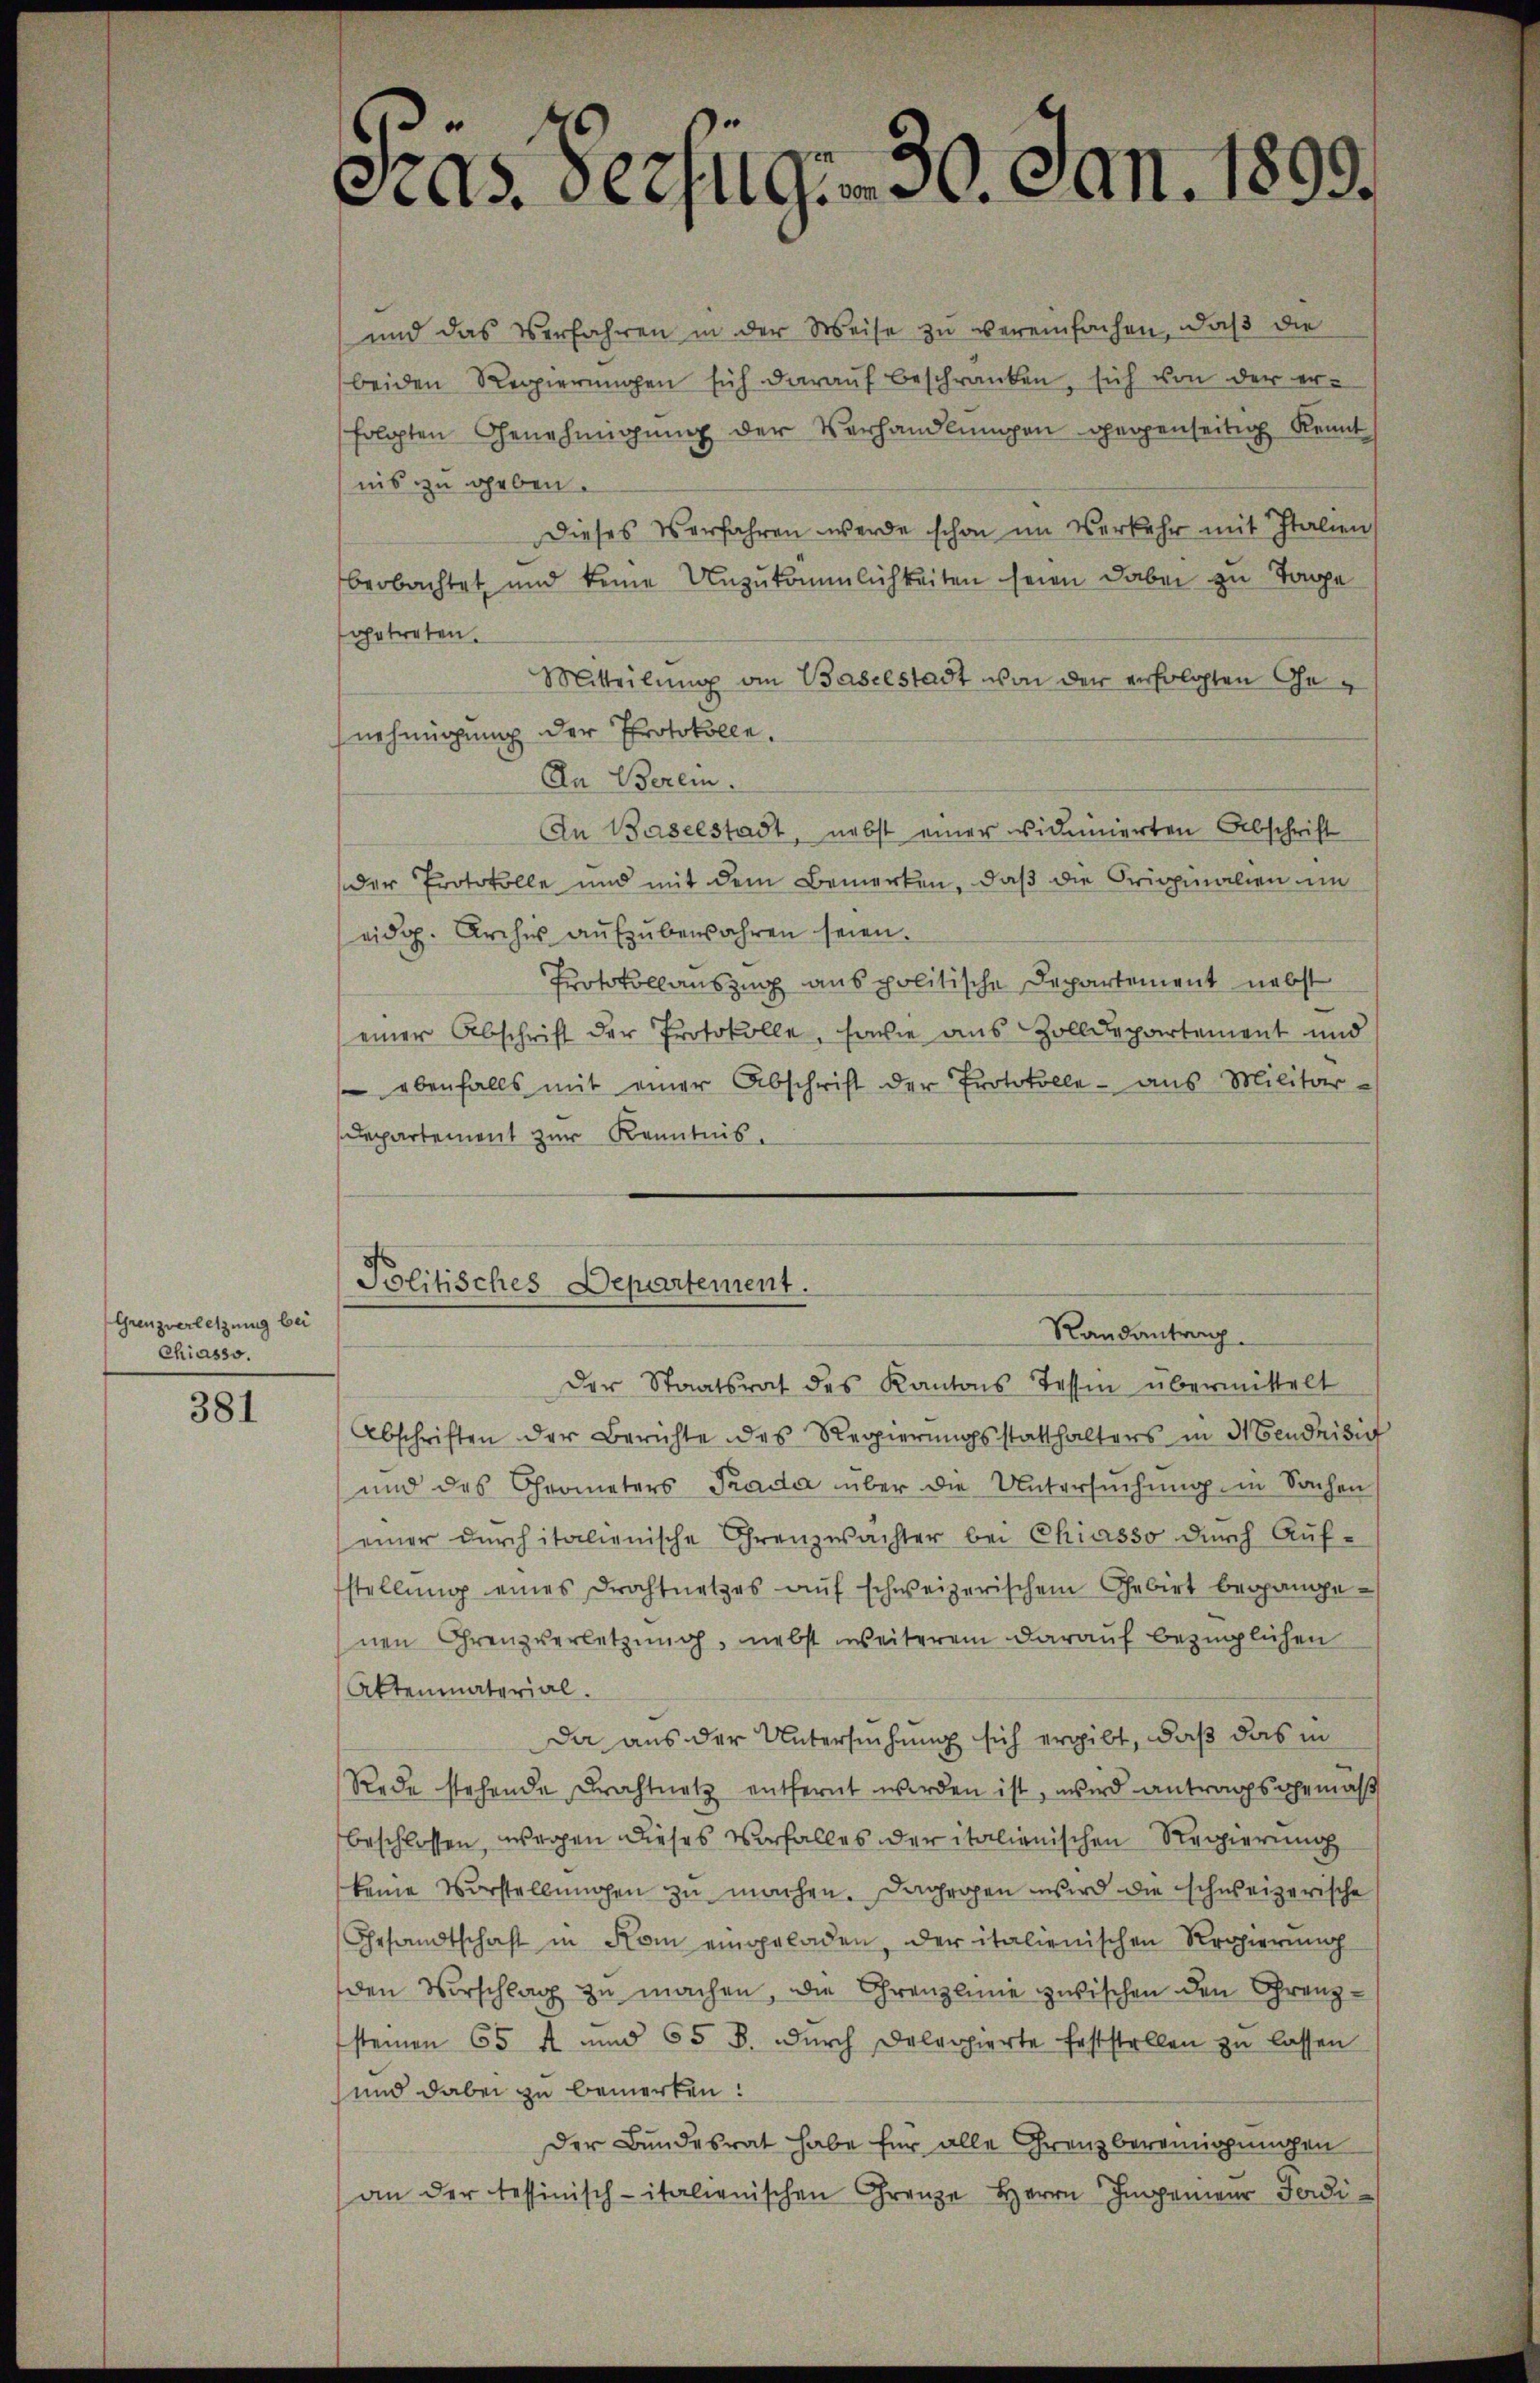
Grenzverletzung bei
Chiasso.

381

und das Verfahren in der Weise zŭ vereinfachen, daβ die
beiden Regierungen sich darauf beschränken, sich von der erfolgten Genehmigŭng der Verhandlŭngen gegenseitig Kennt
nis zu geben.
Dieses Verfahren werde schon im Verkehr mit Italien
beobachtet und keine Unzukömmlichkeiten seien dabei zu Tage
getreten.
Mitteilung an Baselstadt von der erfolgten Genehmigung der Protokolle.
In Berei
An Baselstadt, nebst einer vidierten Abschrift
der Protokolle und mit dem Bemerken, daß die Originalien im
eidg. Archer aufzubewahren seien.
Protokollauszug aus politische Departement nebst
einer Abschrift der Protokolle, sowie aus Zolldepartement und
 ebenfalls mit einer Abschrift der Protokolle - aus Militär-
Departement zur Kenntnis.

3
as. Derjugen 30. Jan. 1899.

Politisches Departement.
Randantrag

der Staatsrat des Kantons Tessin übermittelt
Abschriften der Berichte des Regierŭngsstatthalters in Mendrisie
und des Chrometers Trada über die Untersuchung in Sachen
einer dŭrch italienische Grenzwachter bei Chiasso dŭrch Aŭf-
stellŭng eines Drahtnetzes aŭf schweizerischem Gebirt begangenen Grenzverletzung, nebst weiterem darauf bezüglichen
Aktenmaterial
Da aus der Untersuchung sich ergibt, daß das in
Rede stehende Drahtnetz entfernt werden ist, wird antragsgemäß
beschlossen, wegen dieses Vorfalles der italienischen Regierung
keine Vorstellungen zu machen. Dagegen wird die schweizerische
Gesandtschaft in Rom eingeladen, der italienischen Regierung
den Vorschlag zu machen, die Ehrenzlinie zwischen den Grenzsteinen 65 f und 65 B. dŭrch Delappierte feststellen zŭ lassen
und dabei zu bemerken:
Der Bundesrat habe für alle Grenzbereinigungen
an der tessinisch-italienischen Grenze Herrn Impenieur Fodi¬